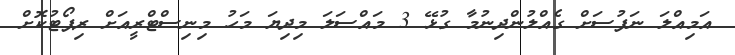
އަމިއްލަ ނަފުސަށް ގެއްލުންދިނުމާ ގުޅޭ 3 މައްސަލަ މިދިޔަ މަހު މިނިސްޓްރީއަށް ރިޕޯޓުކޮށް